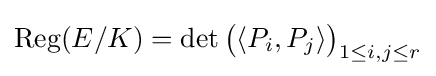
\operatorname {Reg} (E/K)=\det {\bigl (}\langle P_{i},P_{j}\rangle {\bigr )}_{1\leq i,j\leq r}